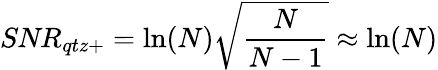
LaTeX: \textit{SNR}_{qtz+}=\ln(N)\sqrt{\frac{N}{N-1}}\approx\ln(N)